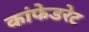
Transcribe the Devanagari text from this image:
कांफेडरेट